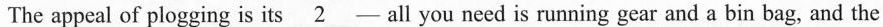
The appeal of plogging is its \underline{2}-all you need is running gear and a bin bag, and the